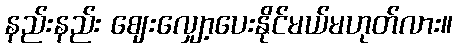
နည်းနည်း ဈေးလျှော့ပေးနိုင်မယ်မဟုတ်လား။